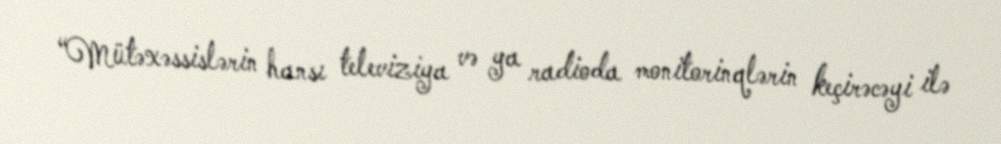
“Mütəxəssislərin hansı televiziya və ya radioda monitorinqlərin keçirəcəyi ilə